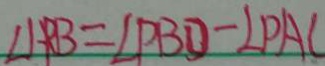
\angle A P B = \angle P B D - \angle P A C